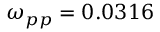
\omega _ { p p } = 0 . 0 3 1 6